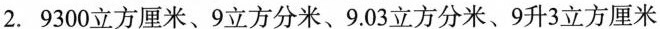
2.9300立方厘米、9立方分米、9.03立方分米、9升3立方厘米